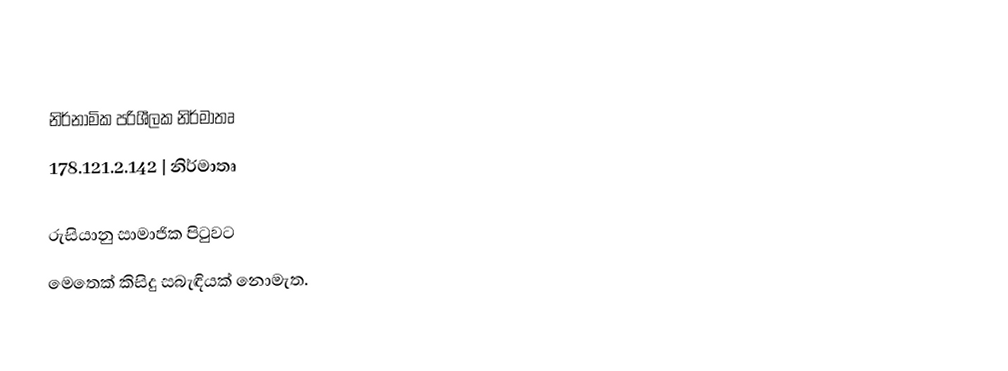

නිර්නාමික පරිශීලක නිර්මාතෘ
178.121.2.142 | නිර්මාතෘ

රුසියානු සාමාජික පිටුවට
මෙතෙක් කිසිදු සබැඳියක් නොමැත.